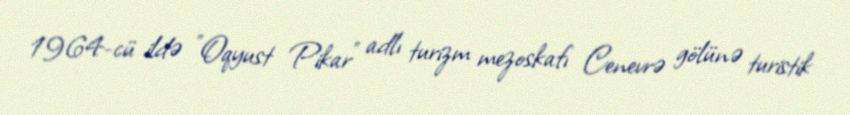
1964-cü ildə "Oqyust Pikar" adlı turizm mezoskafı Cenevrə gölünə turistik